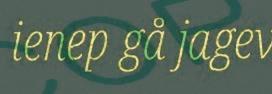
ienep gå jagev